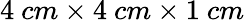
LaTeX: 4\ cm\times 4\ cm\times 1\ cm